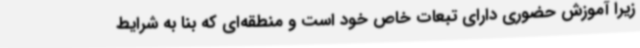
زیرا آموزش حضوری دارای تبعات خاص خود است و منطقه‌ای که بنا به شرایط